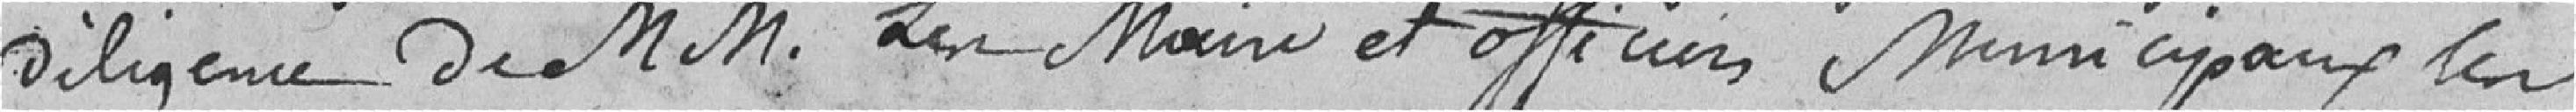
diligence de messieurs le maire et officiers municipaux, des